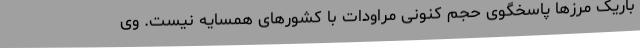
باریک مرزها پاسخگوی حجم کنونی مراودات با کشورهای همسایه نیست. وی